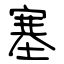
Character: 塞